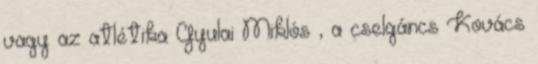
vagy az atlétika Gyulai Miklós , a cselgáncs Kovács